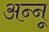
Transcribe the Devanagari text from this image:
अन्‍नू